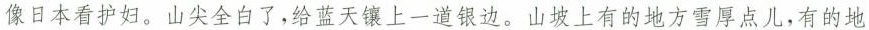
像日本看护妇。山尖全白了，给蓝天镶上一道银边。山坡上有的地方雪厚点儿，有的地